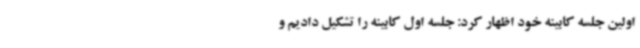
اولین جلسه کابینه خود اظهار کرد: جلسه اول کابینه را تشکیل دادیم و